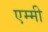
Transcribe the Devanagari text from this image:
एम्‍मी